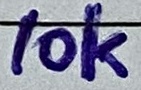
Text: 10k